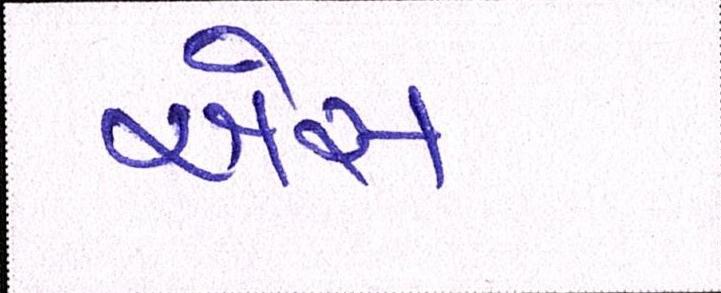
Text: એસ